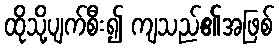
ထိုသို့ပျက်စီး၍ ကျသည်၏အဖြစ်